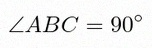
\angle ABC=90^\circ